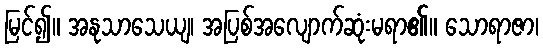
မြင်၍။ အနုသာသေယျ၊ အပြစ်အလျောက်ဆုံးမရာ၏။ သောရာဇာ၊